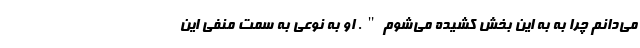
می‌دانم چرا به به این بخش کشیده می‌شوم". او به نوعی به سمت منفی این